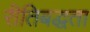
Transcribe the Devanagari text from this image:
रीतिबद्धता